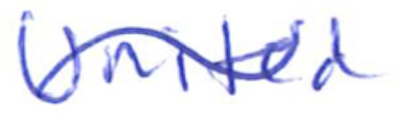
Text: United
Cross-out: wave
Writing tool: ballpoint